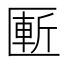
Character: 𰅨